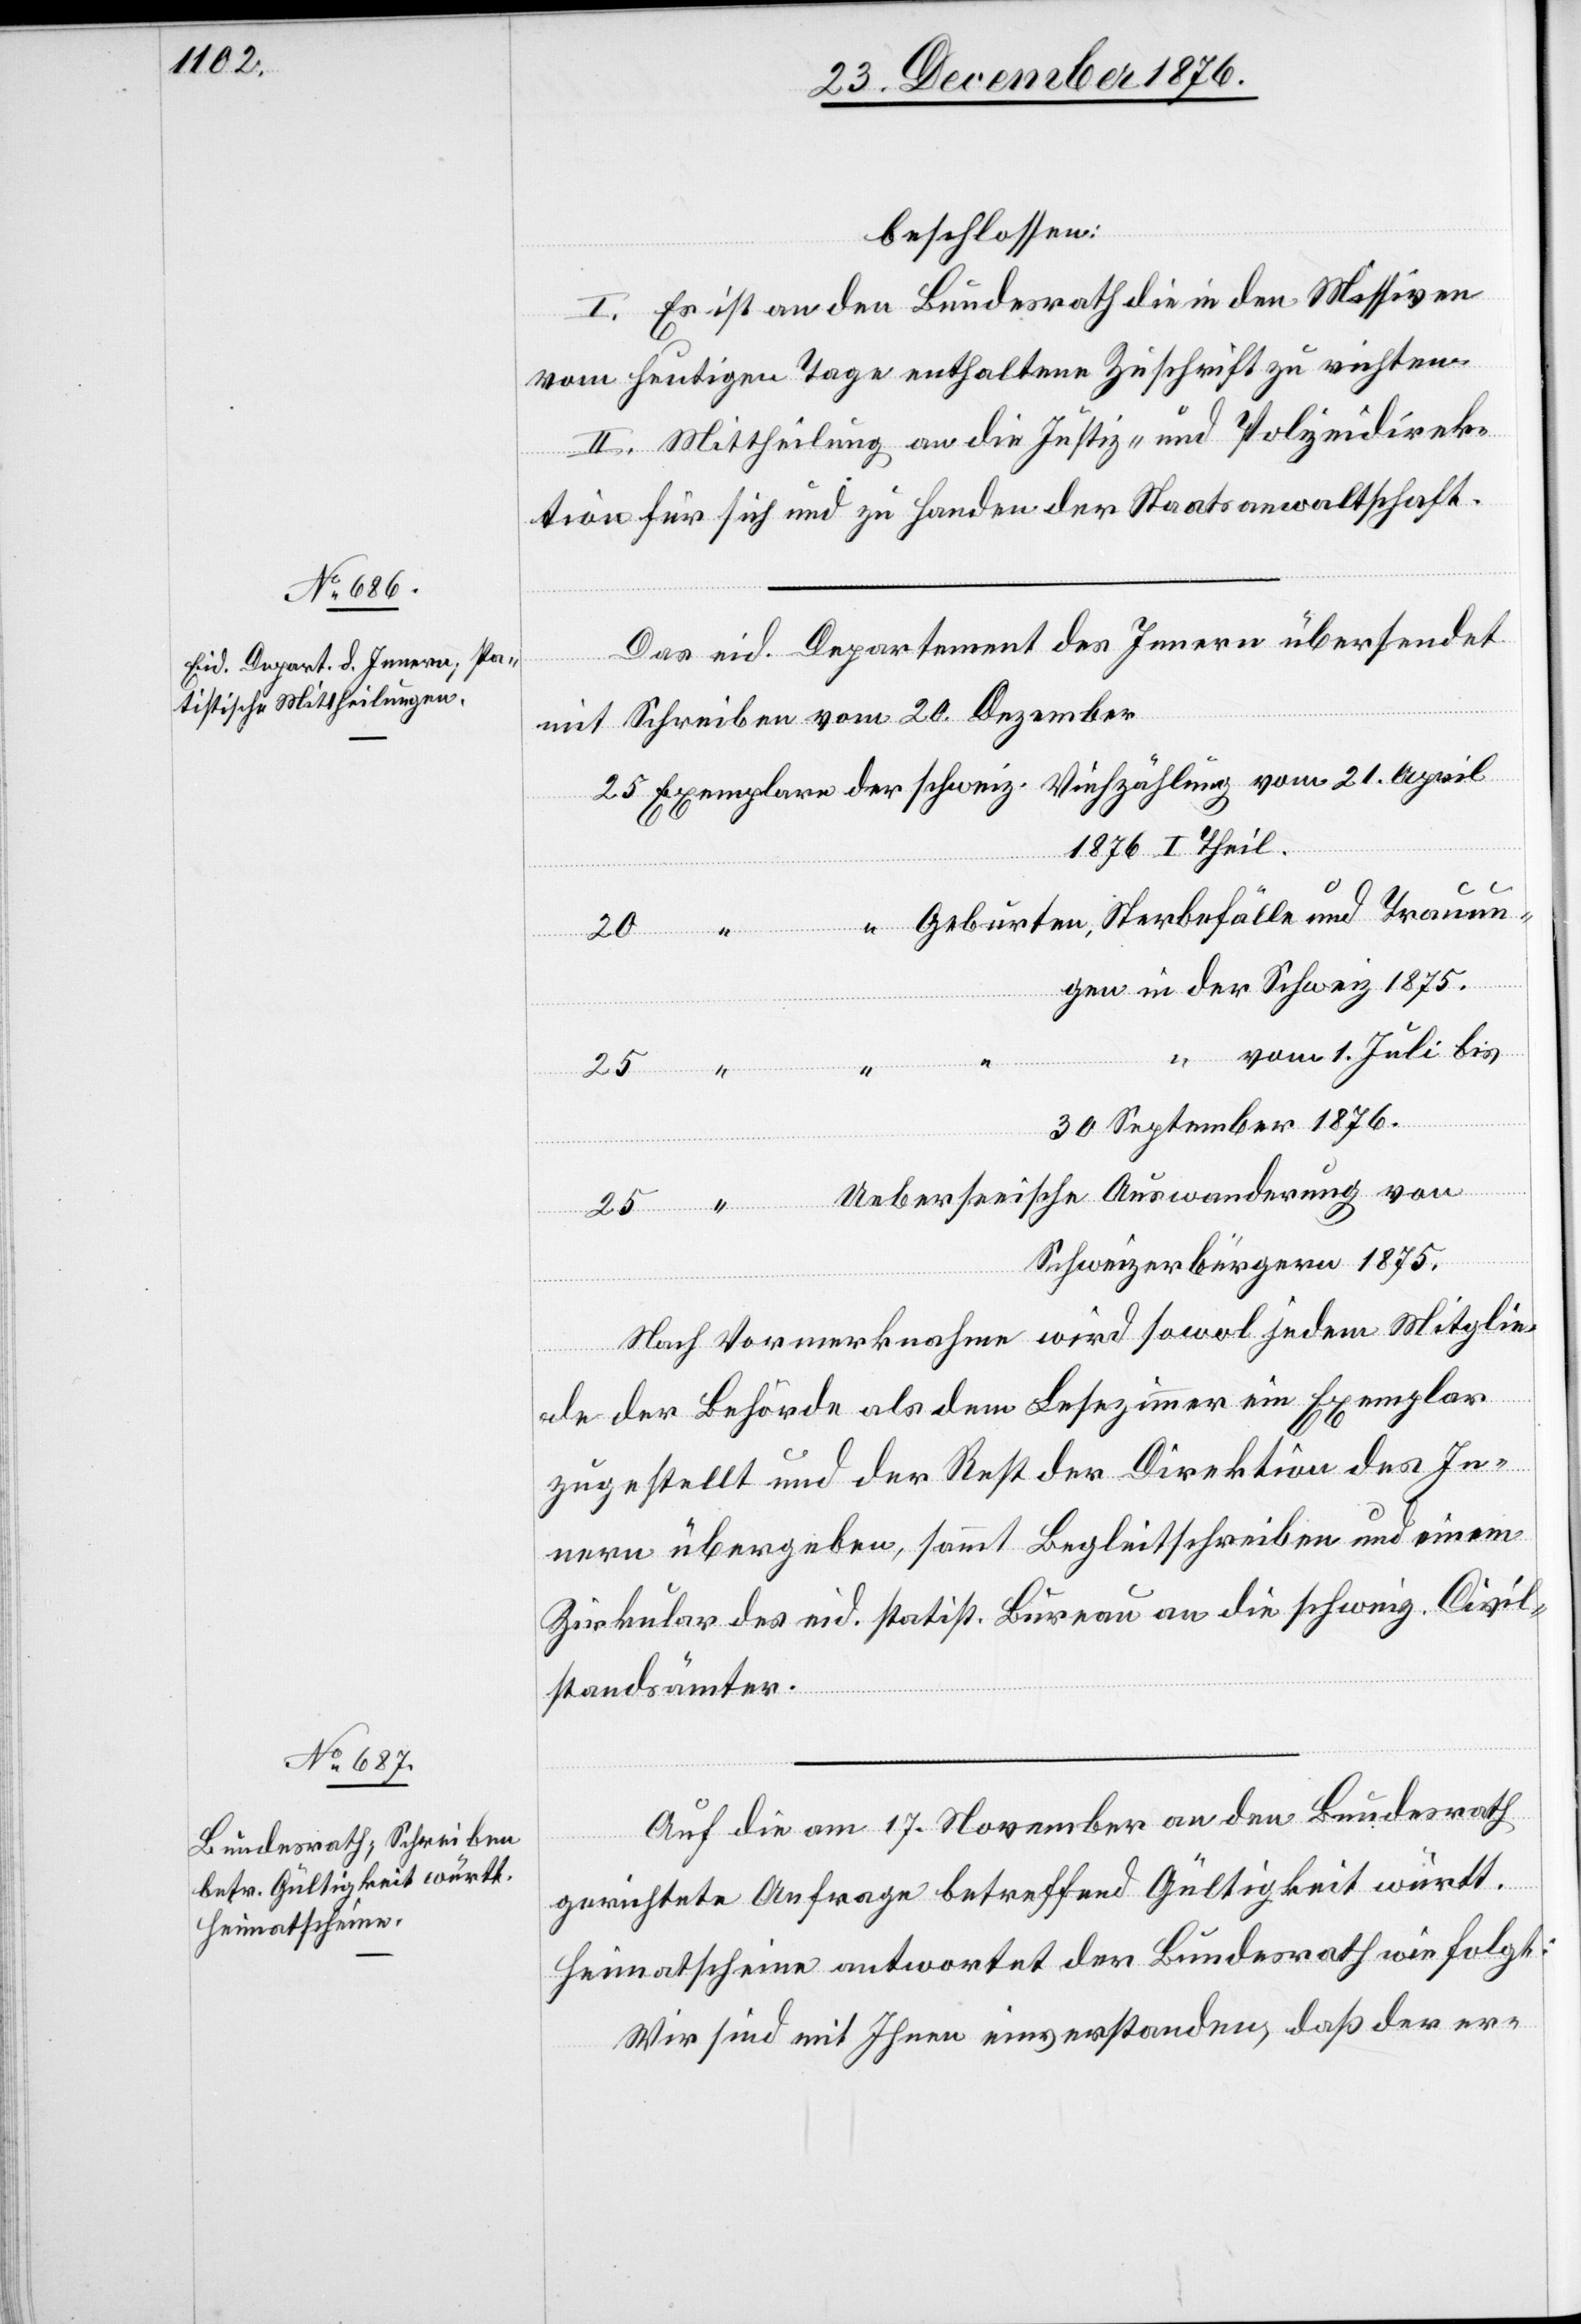
“
beschlossen:
I. Es ist an den Bundesrath die in den Missiven
vom heutigen Tage enthaltene Zuschrift zu richten.
II. Mittheilung an die Justiz- und Polizeidirek¬
tion für sich und zu Handen der Staatsanwaltschaft.
Das eid. Departement des Innern übersendet
mit Schreiben vom 20. Dezember
1876 I. Theil.
Trauun¬
gen in der Schweiz 1875.
vom 1. Juli bis
der
vom
21.
30. September 1876.
Ueberseeische Auswanderung von
25
Schweizerbürgern 1875.
Nach Vormerknahme wird sowol jedem Mitglie¬
und
de der Behörde als dem Lesezimmer ein Exemplar
zugestellt und der Rest der Direktion des In¬
nern übergeben, sammt Begleitschreiben und einem
Zirkular des eid. statist. Bureau an die schweiz. Zivil¬
standsämter.
Auf die am 17. November an den Bundesrath
gerichtete Anfrage betreffend Gültigkeit württ.
Heimatscheine antwortet der Bundesrath wie folgt:
Wir sind mit Ihnen einverstanden, daß der er-